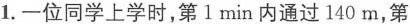
1.一位同学上学时，第1min内通过140m，第